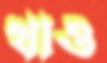
খাও